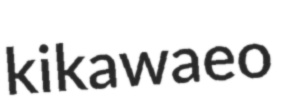
kikawaeo